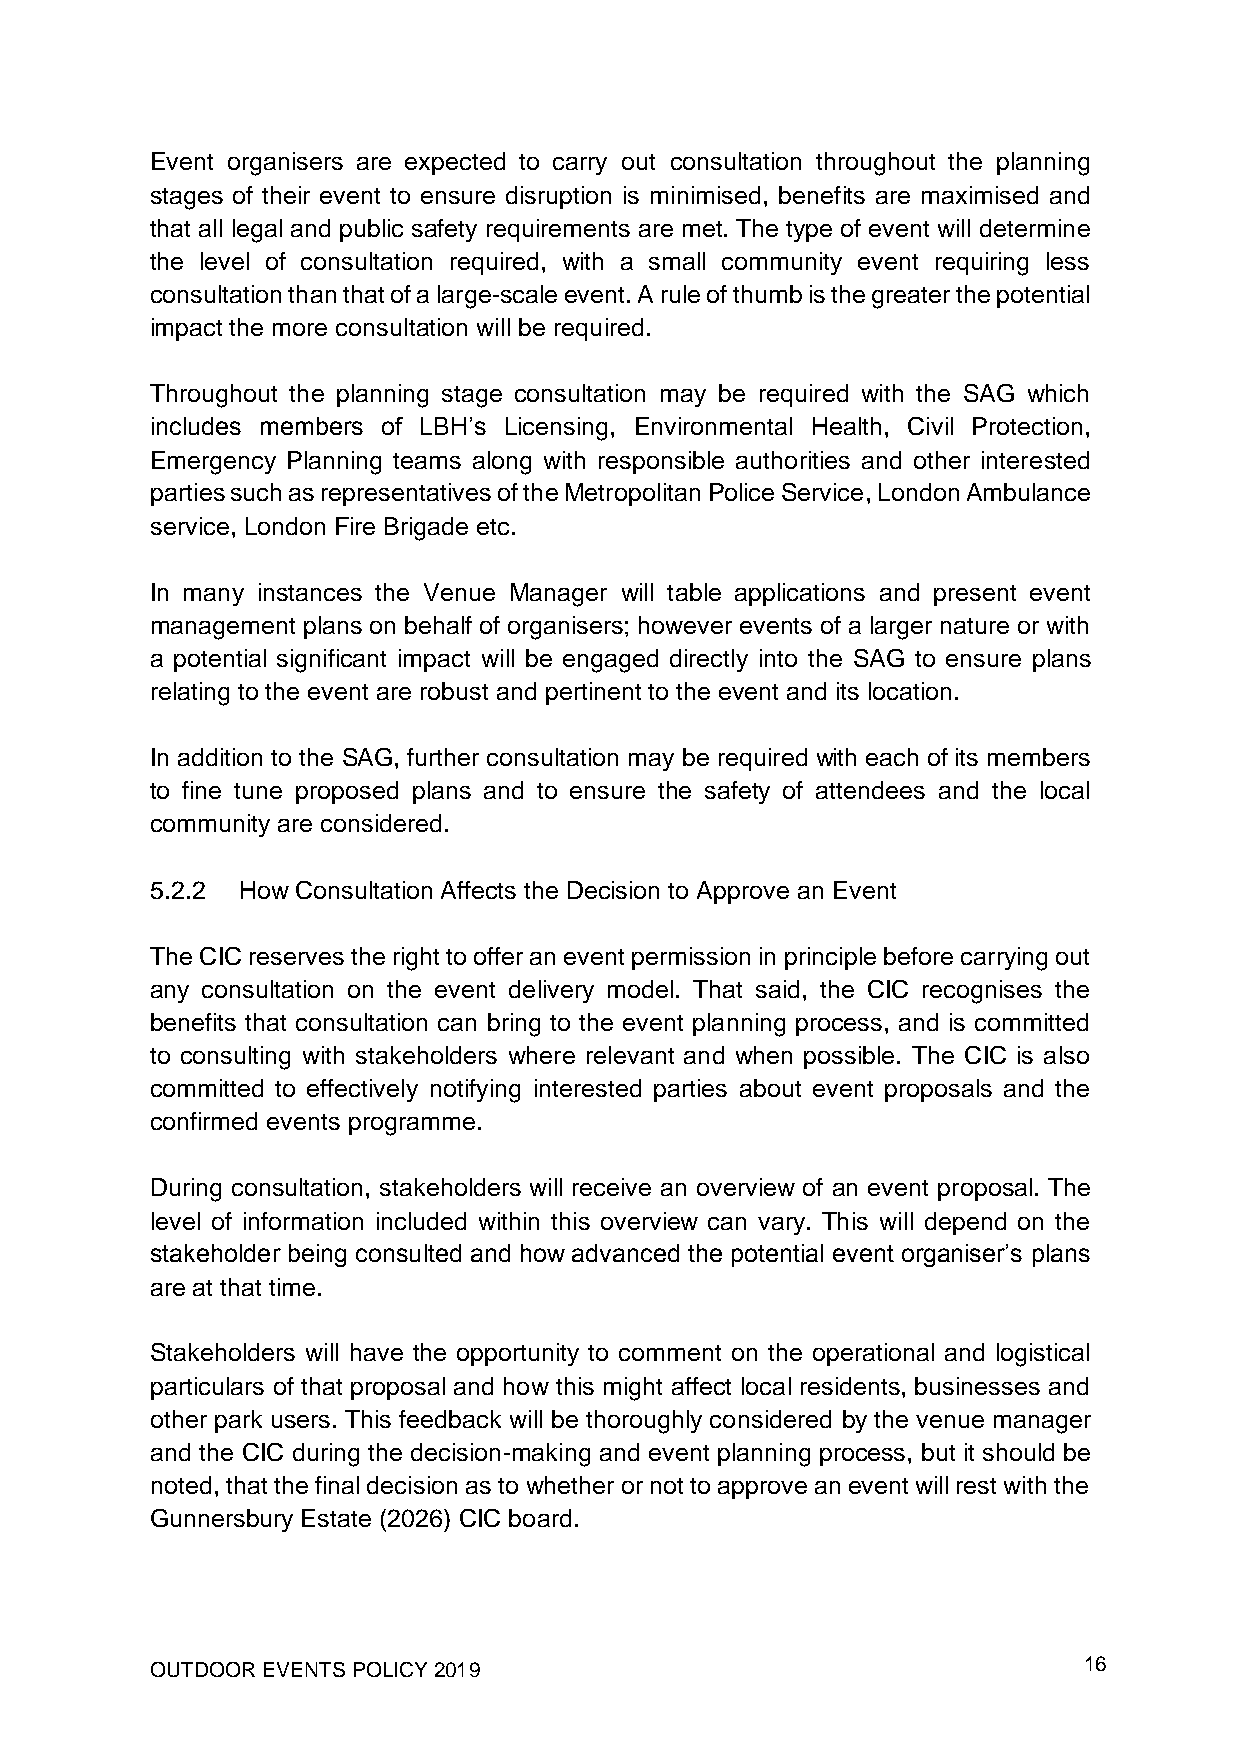
Event organisers are expected to carry out consultation throughout the planning
 stages of their event to ensure disruption is minimised, benefits are maximised and
 that all legal and public safety requirements are met. The type of event will determine
 the level of consultation required, with a small community event requiring less
 consultation than that of a large-scale event. A rule of thumb is the greater the potential
 impact the more consultation will be required.
 Throughout the planning stage consultation may be required with the SAG which
 includes members of LBH’s Licensing, Environmental Health, Civil Protection,
 Emergency Planning teams along with responsible authorities and other interested
 parties such as representatives of the Metropolitan Police Service, London Ambulance
 service, London Fire Brigade etc.
 In many instances the Venue Manager will table applications and present event
 management plans on behalf of organisers; however events of a larger nature or with
 a potential significant impact will be engaged directly into the SAG to ensure plans
 relating to the event are robust and pertinent to the event and its location.
 In addition to the SAG, further consultation may be required with each of its members
 to fine tune proposed plans and to ensure the safety of attendees and the local
 community are considered.
 5.2.2 How Consultation Affects the Decision to Approve an Event
 The CIC reserves the right to offer an event permission in principle before carrying out
 any consultation on the event delivery model. That said, the CIC recognises the
 benefits that consultation can bring to the event planning process, and is committed
 to consulting with stakeholders where relevant and when possible. The CIC is also
 committed to effectively notifying interested parties about event proposals and the
 confirmed events programme.
 During consultation, stakeholders will receive an overview of an event proposal. The
 level of information included within this overview can vary. This will depend on the
 stakeholder being consulted and how advanced the potential event organiser’s plans
 are at that time.
 Stakeholders will have the opportunity to comment on the operational and logistical
 particulars of that proposal and how this might affect local residents, businesses and
 other park users. This feedback will be thoroughly considered by the venue manager
 and the CIC during the decision-making and event planning process, but it should be
 noted, that the final decision as to whether or not to approve an event will rest with the
 Gunnersbury Estate (2026) CIC board.
 OUTDOOR EVENTS POLICY 2019                                    16